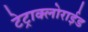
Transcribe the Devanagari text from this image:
टेट्राक्लोराईड